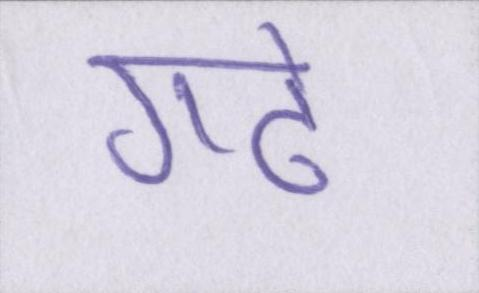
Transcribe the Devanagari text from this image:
गढे